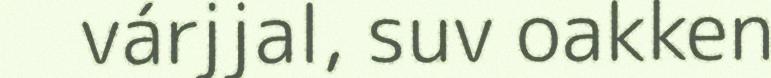
várjjal, suv oakken